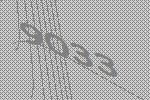
9033